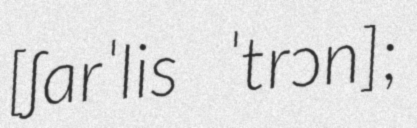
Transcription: [ʃarˈlis ˈtrɔn];